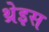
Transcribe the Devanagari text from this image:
थ्रेइस